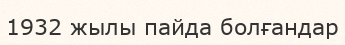
1932 жылы пайда болғандар